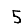
Digit: 5